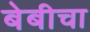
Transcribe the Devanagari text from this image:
बेबीचा